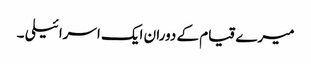
میرے قیام کے دوران ایک اسرائیلی ۔